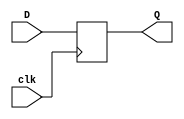
`timescale 1ns / 1ps

module D_flip_flop(
    input D,
    input clk,
    output reg Q
);

always @(posedge clk) // posdge: mean positive edge of the clock or hte rised edge whilenegedge: mean negative edge of the clock or the go down edge
begin
    Q<=D;  // <= means non-Bloking
end
endmodule